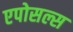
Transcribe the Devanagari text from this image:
एपोसल्स